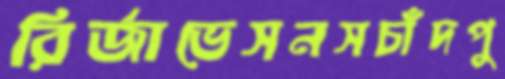
রির্জাভেসনসচাঁদপু